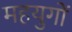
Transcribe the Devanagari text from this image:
महयुगों